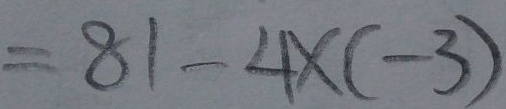
= 8 1 - 4 \times ( - 3 )